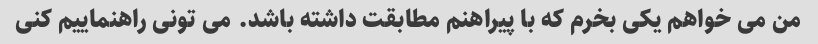
من می خواهم یکی بخرم که با پیراهنم مطابقت داشته باشد. می تونی راهنماییم کنی